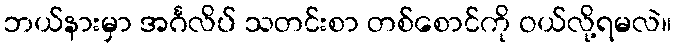
ဘယ်နားမှာ အင်္ဂလိပ် သတင်းစာ တစ်စောင်ကို ဝယ်လို့ရမလဲ။